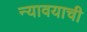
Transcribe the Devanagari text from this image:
न्यावयाची